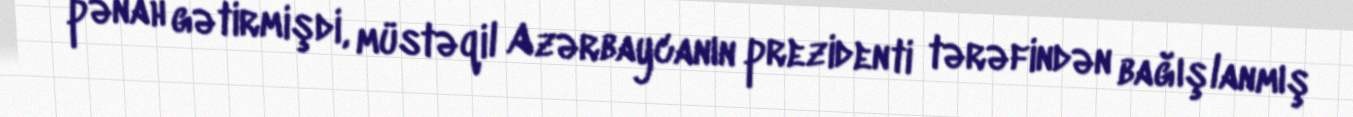
pənah gətirmişdi, müstəqil Azərbaycanın prezidenti tərəfindən bağışlanmış